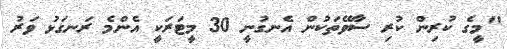
"މީގެ ކުރިން ކުރި ސާވޭތަކުން އެނގުނީ 30 މީޓަރަކީ އެންމެ ރަނގަޅު ވަރު